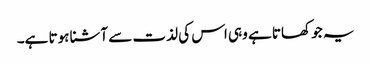
یہ جو کھاتا ہے وہی اس کی لذت سے آشنا ہوتا ہے۔